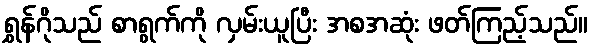
ရွှန်ဂိုသည် စာရွက်ကို လှမ်းယူပြီး အစအဆုံး ဖတ်ကြည့်သည်။